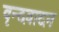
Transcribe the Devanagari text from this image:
वृन्दवादन